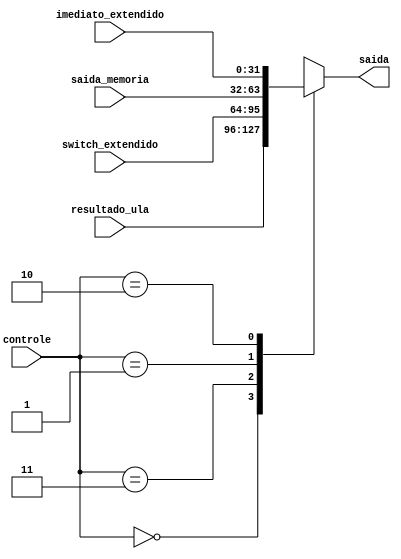
module MUX_3 (saida_memoria, resultado_ula, imediato_extendido, switch_extendido, saida, controle);
	input [31:0] saida_memoria;
	input [31:0] resultado_ula;
	input [31:0] imediato_extendido;
	input [31:0] switch_extendido;
	input [1:0] controle;

	output reg [31:0] saida;
	
	always @ (*) begin
		case(controle) 
			2'b00: saida = resultado_ula;
			2'b11: saida = switch_extendido;
			2'b01: saida = saida_memoria;
			2'b10: saida = imediato_extendido;
		endcase 
	end
endmodule